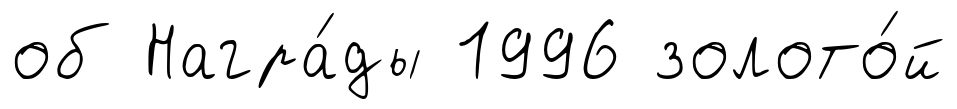
об Награ́ды 1996 золото́й